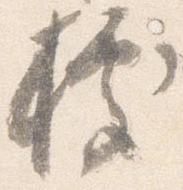
拠